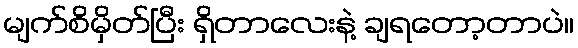
မျက်စိမှိတ်ပြီး ရှိတာလေးနဲ့ ချရတော့တာပဲ။